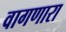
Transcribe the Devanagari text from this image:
वागणारा